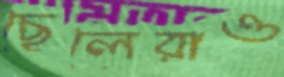
ছেলেরাও